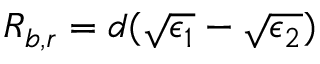
R _ { b , r } = d ( \sqrt { \epsilon _ { 1 } } - \sqrt { \epsilon _ { 2 } } )